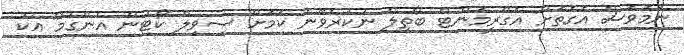
ނަމަވެސް އެގޮތަށް އެގްރީމަންޓް ބާތިލް ނުކުރެވޭނެ ކަމަށް ސިވިލް ކޯޓުން އެންގުމާ އެކު